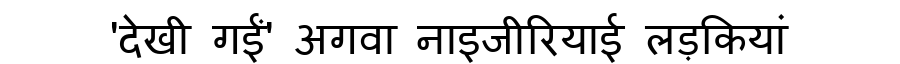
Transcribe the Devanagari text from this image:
'देखी गईं' अगवा नाइजीरियाई लड़कियां